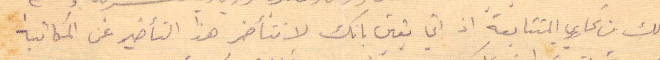
ذلك من تحارير المتتابعة اذ اني يقين بانك لا تتأخر هذا التأخير عن المكاتبة